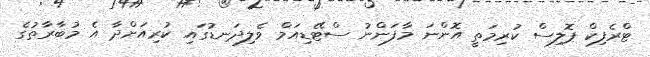
ޓްރެފިކް ޕޮލިސް ކުރިމަތީ އޮންނަ މާފަންނު ސްޓޭޑިއަމް ވެލިދަނޑުގައި ކުރިއަށްދާ އެ މުބާރާތުގެ